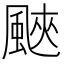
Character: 䬊